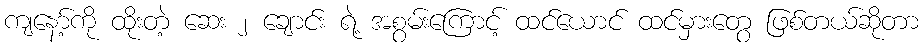
ကျနော့်ကို ထိုးတဲ့ ဆေး ၂ ချောင်း ရဲ့ အစွမ်းကြောင့် ထင်ယောင် ထင်မှားတွေ ဖြစ်တယ်ဆိုတာ